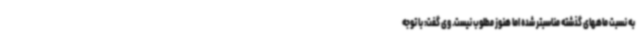
به نسبت ماههای گذشته مناسبتر شده اما هنوز مطلوب نیست. وی گفت: با توجه